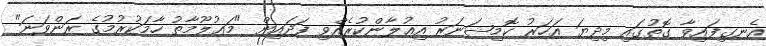
އެނގިފައިވާ ގޮތުގައި މިދިޔަ އަހަރު ކޮމިޝަނަރު އިޢުލާންކުރެއްވި ފަދައިން "މަޢުލޫމާތު ހާމަކުރުމުގެ ރަންވަނަ"